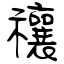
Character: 禳